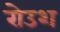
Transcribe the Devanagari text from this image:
रोउश